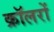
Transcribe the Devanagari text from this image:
क्रॉलरों